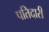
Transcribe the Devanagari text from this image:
पतिदारी